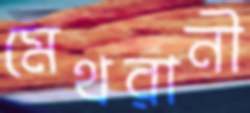
মেথরানী